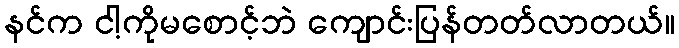
နင်က ငါ့ကိုမစောင့်ဘဲ ကျောင်းပြန်တတ်လာတယ်။